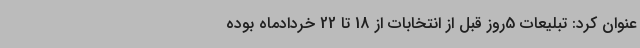
عنوان کرد: تبلیعات 5روز قبل از انتخابات از 18 تا 22 خردادماه بوده